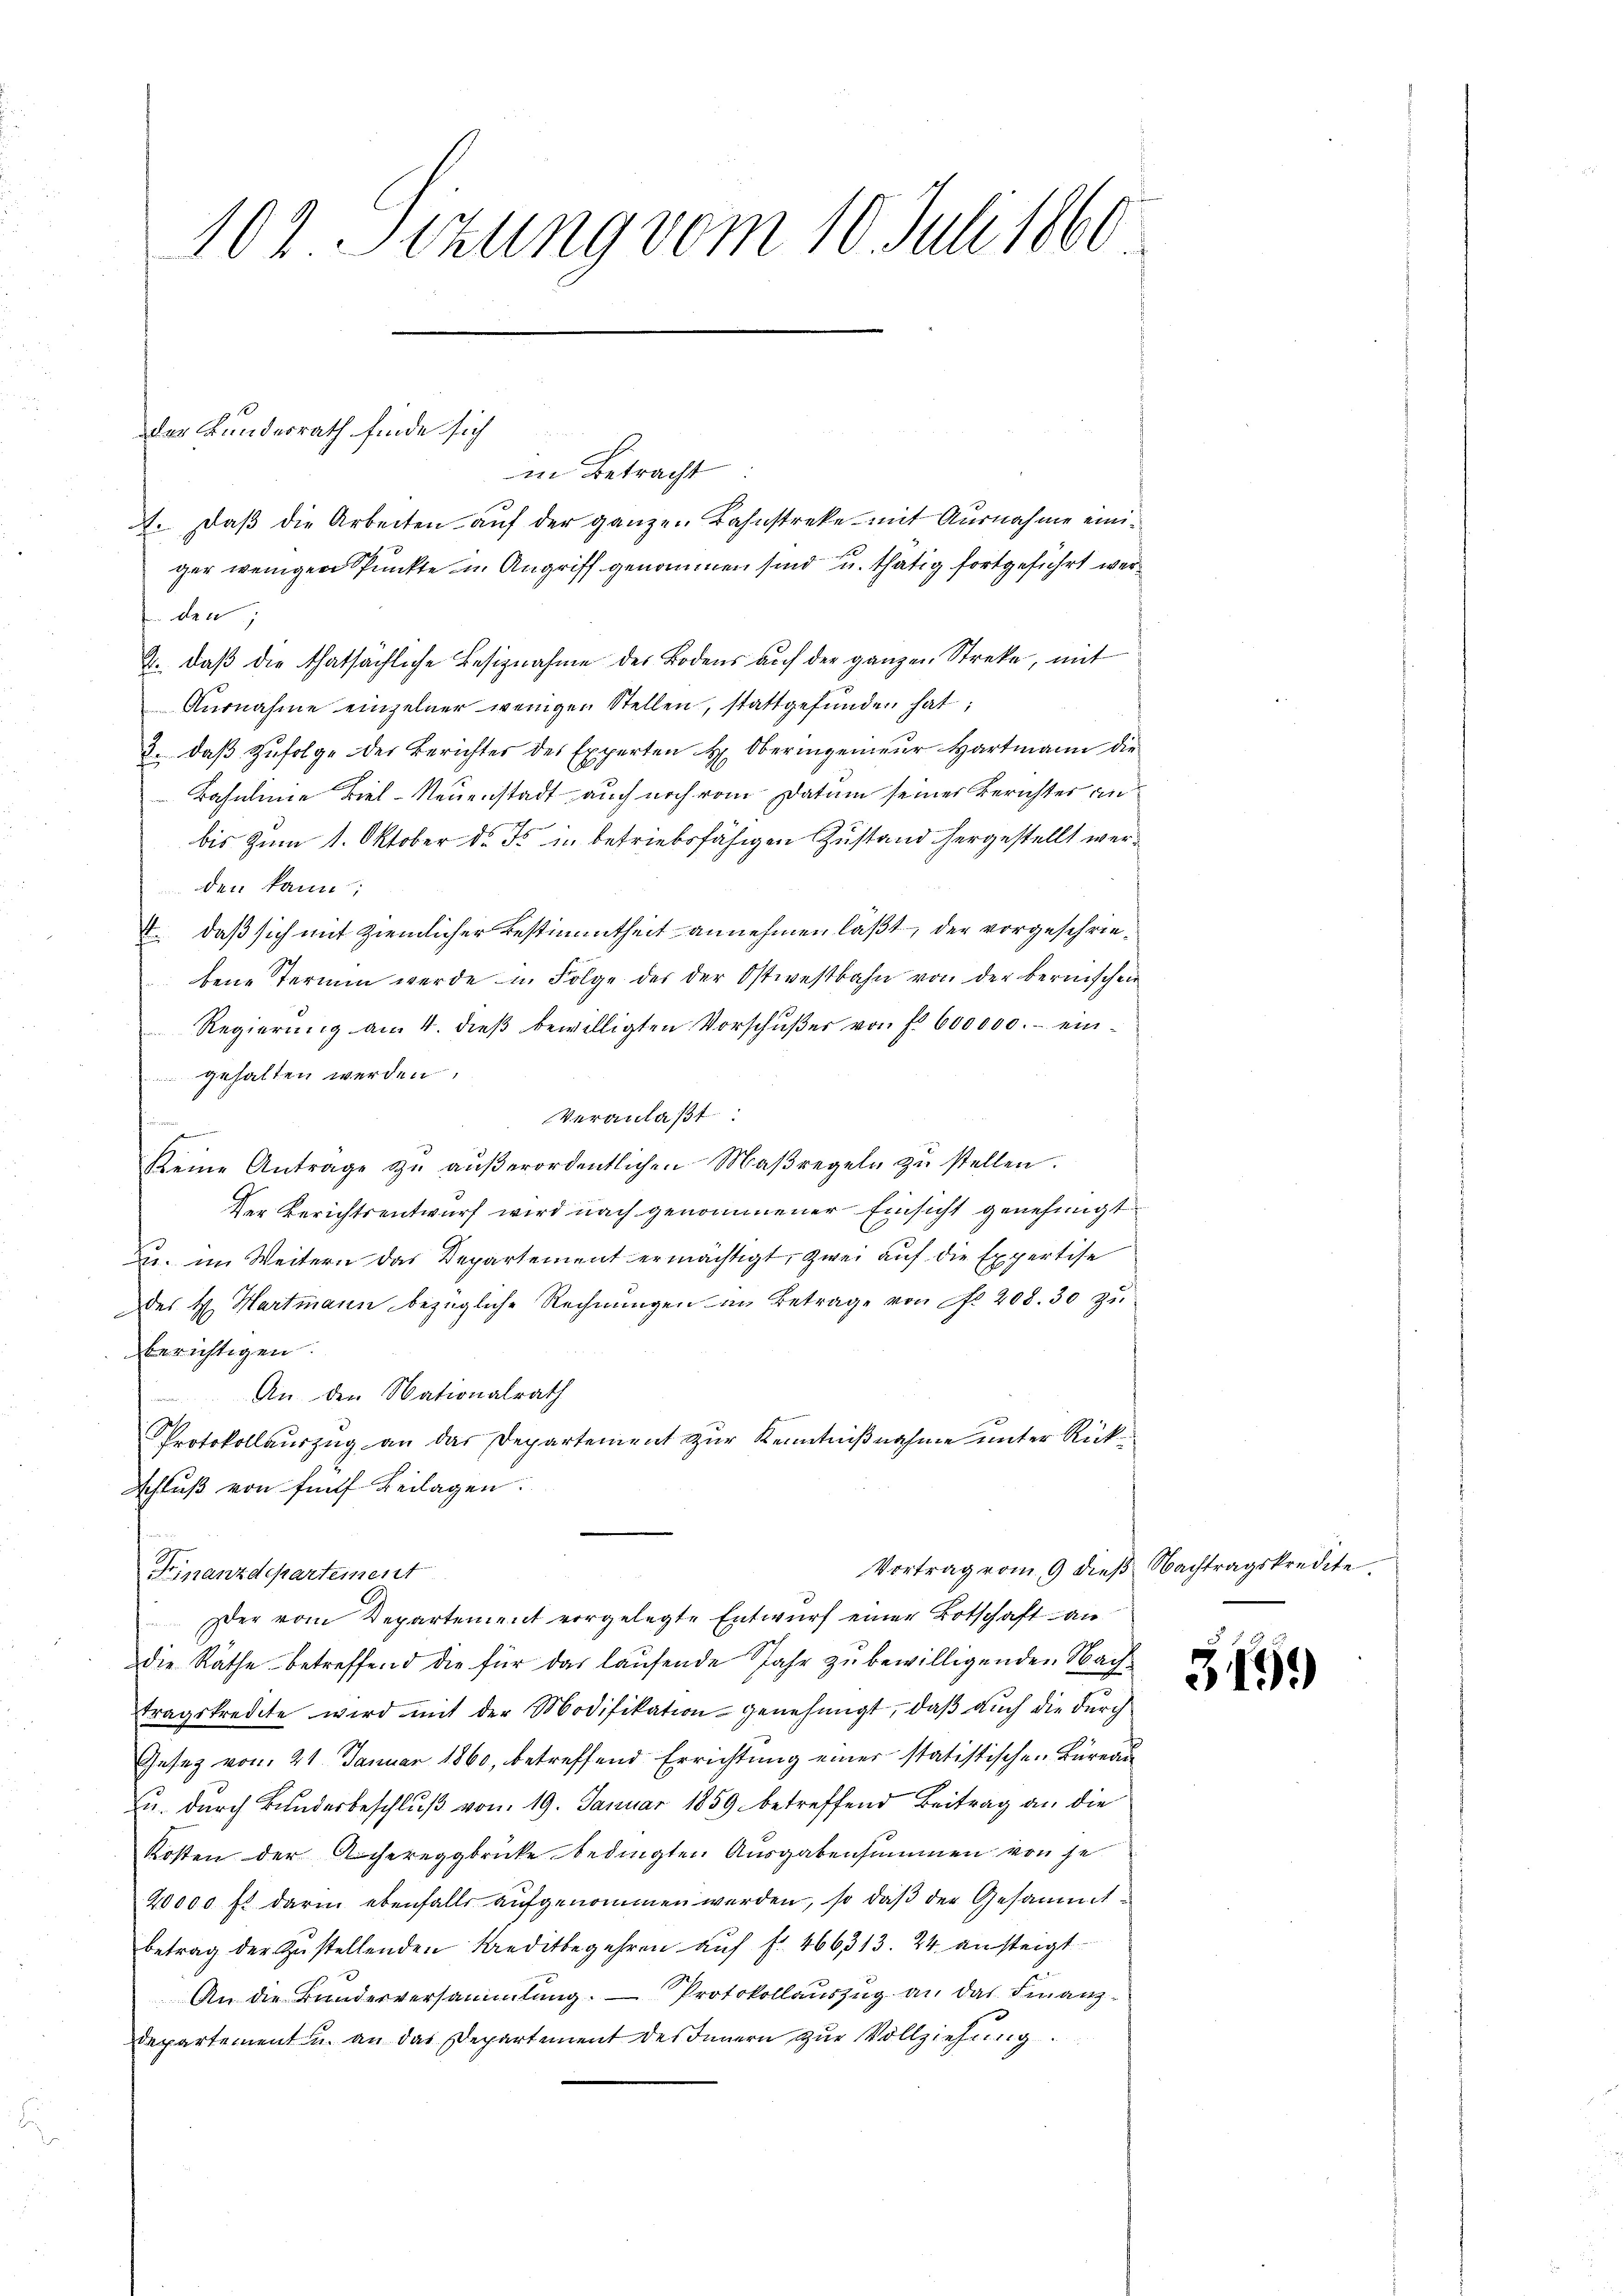
102 Sizung vom 10. Juli 1860

des Bundesrath finde sich

in Betracht
. daβ die Arbeiten auf der ganzen Bahnstreke mit Ausnahme einiger wenigen Spunkte in Angriff genommen sind u. thätig fortgeführt werden
2. Daß die thatsächliche Besiznahme des Bodens auf der ganzen Streke, mit
Ausnahme einzelner wenigen Stellen, stattgefunden hat;
3. daß Zufolge der Berichter des Experten H. Oberingenieur Hartmann die
Bahnlinie viel-Neuenstadt auch noch vom Datum seiner Berichtes an
bis zum 1. Oktober d. J. in betriebsfähigen Zustand hergestellt werden kann;
4. daß sich mit ziemlicher Bestimmtheit annehmen läßt, der vorgeschriefene Termin werde u. Folge der der Ostwestbahn von der bernischen
Regierŭng am 4. dieβ bewilligten Vorschŭβer von fl. 600000.- eingehalten werden.
Veranlaßt
z
keine Antrage zŭ aŭβerordentlichen Maβregeln zŭ stellen.
Der Berichtsentwurf wird nach genommener Einsicht genehmigt
u. im Weitern das Departement ermächtigt, zwei auf die Expertise
des H. Hartmann bezügliche Rechnungen im Betrage von No. 208. 30 zu
berichtigen.
An den Nationalrath
Protokollauszug an das Departement zur Kenntnißnahme unter Rück¬
Schluß von fünf Beilagen.
Vortrag vom 9 dieß Nachtragskredite.
Finanzdepartement
Der vom Departement vorgelegte Entwurf einer Botschaft an
die Räthe betreffend die für das laufende Jahr zu bewilligenden Nachtragskredite wird mit der Modifikation genehmigt, daβ aŭch die durch
Gesetz vom 21. Januar 1860, betreffend Errichtung einer statistischen Büreau
u. durch Bundesbeschluß vom 19. Januar 1859 betreffend Beitrag an die
Kosten der Achereggbrücke bedingten Ausgabensummen von se
20000 fl darin ebenfalls aufgenommen werden, so daß der Gesammtbetrag der Zustellenden Kreditbegehren aŭf fr. 466313. 24 ansteigt
An die Bunderversammlung. — Protokollauszug an das Finanzdepartement u. an das Departement des Innern zŭr Vollziehung.

315.